Annual administration report of the Civil Veterinary Department of India - 1896-1897
Year: 1896
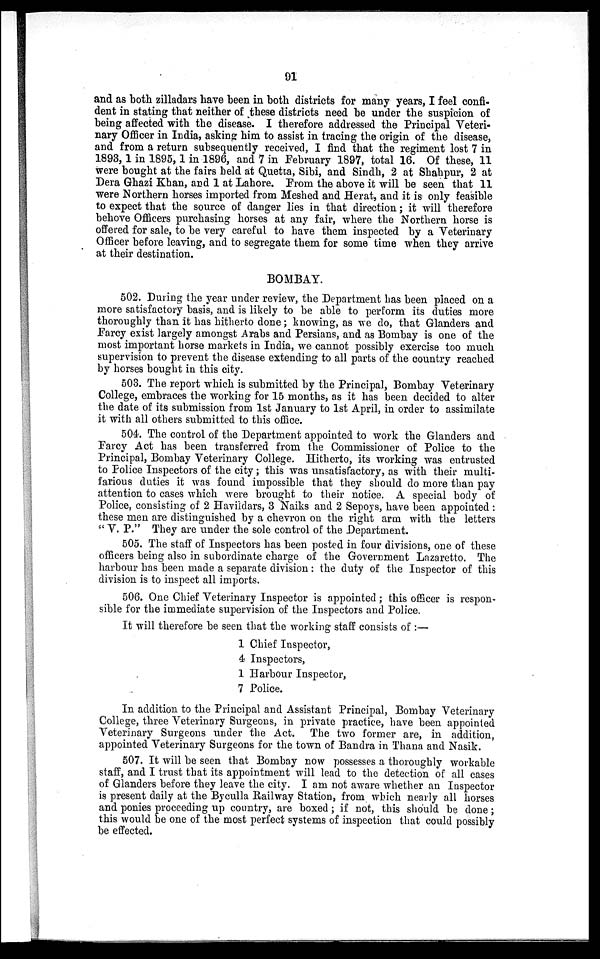
91
and as both zilladars have been in both districts for many years, I feel confi-
dent in stating that neither of these districts need be under the suspicion of
being affected with the disease. I therefore addressed the Principal Veteri-
nary Officer in India, asking him to assist in tracing the origin of the disease,
and from a return subsequently received, I find that the regiment lost 7 in
1893, 1 in 1895, 1 in 1896, and 7 in February 1897, total 16. Of these, 11
were bought at the fairs held at Quetta, Sibi, and Sindh, 2 at Shahpur, 2 at
Dera Ghazi Khan, and 1 at Lahore. From the above it will be seen that 11
were Northern horses imported from Meshed and Herat, and it is only feasible
to expect that the source of danger lies in that direction; it will therefore
behove Officers purchasing horses at any fair, where the Northern horse is
offered for sale, to be very careful to have them inspected by a Veterinary
Officer before leaving, and to segregate them for some time when they arrive
at their destination.
BOMBAY.
502. During the year under review, the Department has been placed on a
more satisfactory basis, and is likely to be able to perform its duties more
thoroughly than it has hitherto done; knowing, as we do, that Glanders and
Farcy exist largely amongst Arabs and Persians, and as Bombay is one of the
most important horse markets in India, we cannot possibly exercise too much
supervision to prevent the disease extending to all parts of the country reached
by horses bought in this city.
503. The report which is submitted by the Principal, Bombay Veterinary
College, embraces the working for 15 months, as it has been decided to alter
the date of its submission from 1st January to 1st April, in order to assimilate
it with all others submitted to this office.
504. The control of the Department appointed to work the Glanders and
Farcy Act has been transferred from the Commissioner of Police to the
Principal, Bombay Veterinary College. Hitherto, its working was entrusted
to Police Inspectors of the city; this was unsatisfactory, as with their multi-
farious duties it was found impossible that they should do more than pay
attention to cases which were brought to their notice. A special body of
Police, consisting of 2 Havildars, 3 Naiks and 2 Sepoys, have been appointed:
these men are distinguished by a chevron on the right arm with the letters
" V. P." They are under the sole control of the Department.
505. The staff of Inspectors has been posted in four divisions, one of these
officers being also in subordinate charge of the Government Lazaretto. The
harbour has been made a separate division: the duty of the Inspector of this
division is to inspect all imports.
506. One Chief Veterinary Inspector is appointed; this officer is respon-
sible for the immediate supervision of the Inspectors and Police.
It will therefore be seen that the working staff consists of:—
1 Chief Inspector,
4 Inspectors,
1 Harbour Inspector,
7 Police.
In addition to the Principal and Assistant Principal, Bombay Veterinary
College, three Veterinary Surgeons, in private practice, have been appointed
Veterinary Surgeons under the Act. The two former are, in addition,
appointed Veterinary Surgeons for the town of Bandra in Thana and Nasik.
507. It will be seen that Bombay now possesses a thoroughly workable
staff, and I trust that its appointment will lead to the detection of all cases
of Glanders before they leave the city. I am not aware whether an Inspector
is present daily at the Byculla Railway Station, from which nearly all horses
and ponies proceeding up country, are boxed; if not, this should be done;
this would be one of the most perfect systems of inspection that could possibly
be effected.